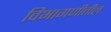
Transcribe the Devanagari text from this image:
विभागणीतील